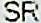
SR